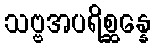
သဗ္ဗအပရိစ္ဆန္နေ